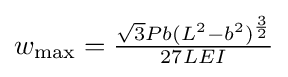
w_{\mathrm {max} }={\tfrac {{\sqrt {3}}Pb(L^{2}-b^{2})^{\frac {3}{2}}}{27LEI}}